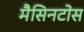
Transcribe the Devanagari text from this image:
मैसिनटोस